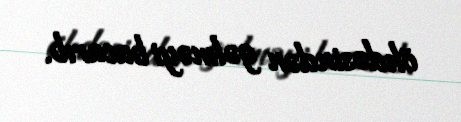
öhdəsindən gəlməyi bacarıb.